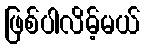
ဖြစ်ပါလိမ့်မယ်